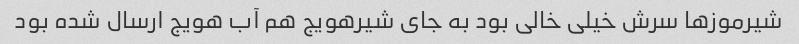
شیرموزها سرش خیلی خالی بود به جای شیرهویج هم آب هویج ارسال شده بود